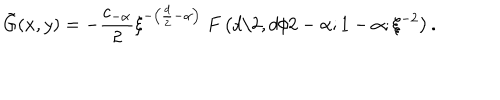
LaTeX: \tilde { G } ( x , y ) = - \frac { c _ { - \alpha } } 2 \xi ^ { - \left( \frac { d } 2 - \alpha \right) } \; F \left( d / 2 , d / 2 - \alpha ; 1 - \alpha ; \xi ^ { - 2 } \right) .